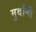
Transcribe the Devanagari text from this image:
मुर्दानी